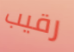
رقيب